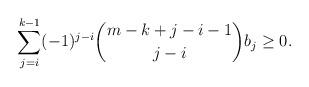
LaTeX: \begin{align*}\sum_{j=i}^{k-1}(-1)^{j-i}\binom{m-k+j-i-1}{j-i}b_j\ge 0.\end{align*}